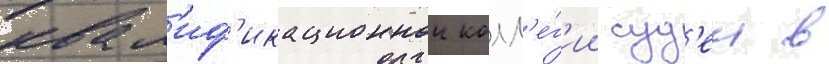
квал'иф'икационнои колл'е́г'ии суд'еи в